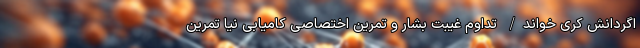
اگردانش کری خواند/ تداوم غیبت بشار و تمرین اختصاصی کامیابی نیا تمرین